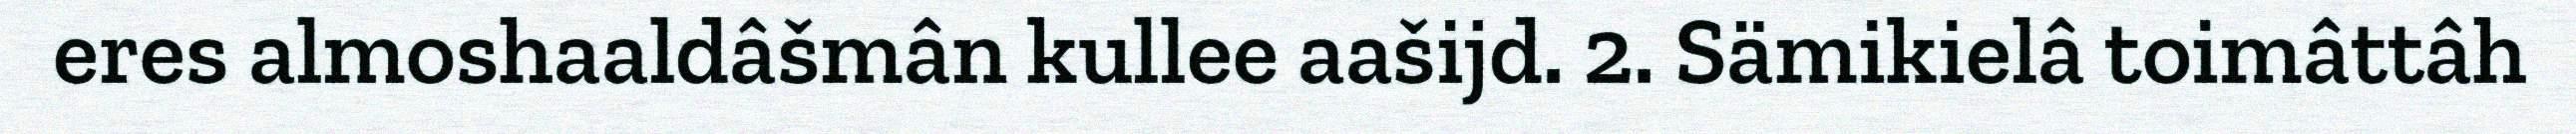
eres almoshaaldâšmân kullee aašijd. 2. Sämikielâ toimâttâh